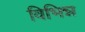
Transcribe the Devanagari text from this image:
विभिन्न